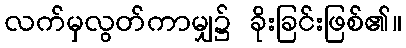
လက်မှလွတ်ကာမျှ၌ ခိုးခြင်းဖြစ်၏။